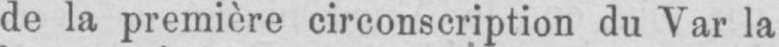
de la première circonscription du Var la